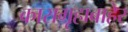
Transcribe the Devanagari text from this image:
कारागृहाबाहेर